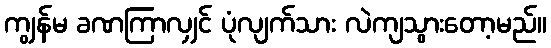
ကျွန်မ ခဏကြာလျှင် ပုံလျက်သား လဲကျသွားတော့မည်။